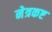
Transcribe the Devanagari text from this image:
नेत्रकष्ट